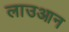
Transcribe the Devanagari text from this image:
लाउआन